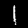
Digit: 1